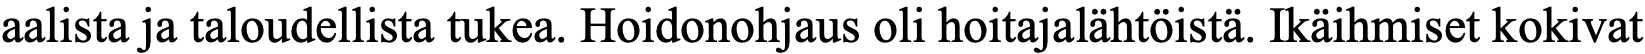
aalista ja taloudellista tukea. Hoidonohjaus oli hoitajalähtöistä. Ikäihmiset kokivat